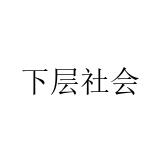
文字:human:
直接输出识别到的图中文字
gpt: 下层社会